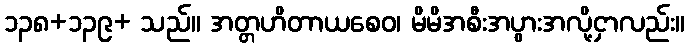
၁၃၈+၁၃၉+ သည်။ အတ္တဟိတာယစေဝ၊ မိမိအစီးအပွားအလို့ငှာလည်း။